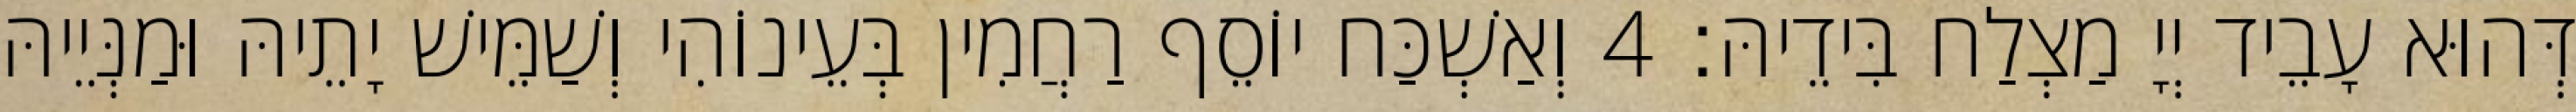
דְּהוּא עָבֵיד יְיָ מַצְלַח בִּידֵיהּ׃ 4 וְאַשְׁכַּח יוֹסֵף רַחֲמִין בְּעֵינוֹהִי וְשַׁמֵּישׁ יָתֵיהּ וּמַנְּיֵיהּ